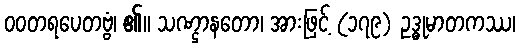
ဝဝတရပေတဗ္ဗံ၊ ၏။ သဏ္ဌာနတော၊ အားဖြင့် (၁၇၉) ဥဒ္ဓုမာတကဿ၊